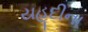
યહૂદીના